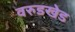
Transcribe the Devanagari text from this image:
वरुडखेड